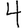
Digit: 4